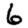
Digit: 6